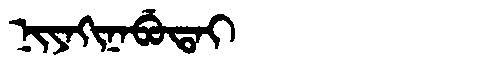
Manchu: ᠨᡳᠶᠠᡴᡳᠨᠠᠪᡠᡨᠠᡳ
Romanization: NIYAKINABUTAI